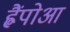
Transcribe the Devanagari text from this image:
ह्वैंपोआ